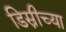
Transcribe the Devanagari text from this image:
डिस्नीच्या